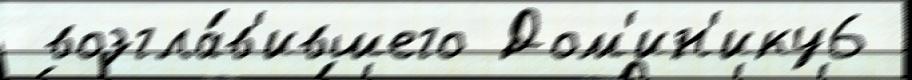
 возгла́в'ившего Дом'ин'ику6